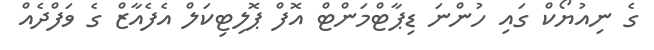
ގެ ނިއުޔޯކް ގައި ހުންނަ ޑިޕާޓްމަންޓް އޮފް ޕޮލިޓިކަލް އެފެއާޒް ގެ ވަފްދެއް